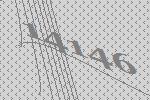
14146